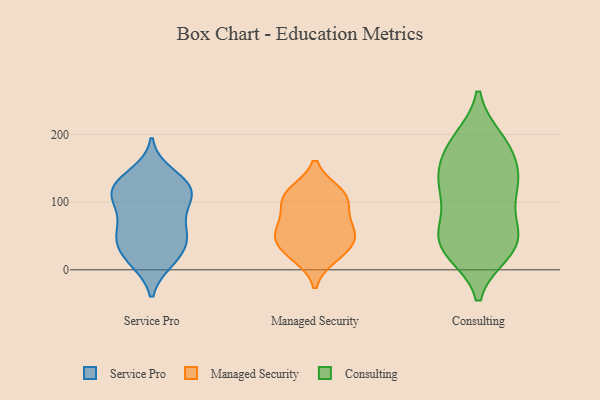
{"axis": {"x": "Latency (ms)", "y": "Value"}, "legend": ["Consulting", "Managed Security", "Service Pro"], "data": [{"x": "", "y": 54, "type": "Service Pro"}, {"x": "", "y": 38, "type": "Service Pro"}, {"x": "", "y": 90, "type": "Service Pro"}, {"x": "", "y": 18, "type": "Service Pro"}, {"x": "", "y": 16, "type": "Service Pro"}, {"x": "", "y": 142, "type": "Service Pro"}, {"x": "", "y": 118, "type": "Service Pro"}, {"x": "", "y": 51, "type": "Service Pro"}, {"x": "", "y": 113, "type": "Service Pro"}, {"x": "", "y": 13, "type": "Service Pro"}, {"x": "", "y": 49, "type": "Service Pro"}, {"x": "", "y": 127, "type": "Service Pro"}, {"x": "", "y": 121, "type": "Service Pro"}, {"x": "", "y": 125, "type": "Service Pro"}, {"x": "", "y": 59, "type": "Service Pro"}, {"x": "", "y": 107, "type": "Service Pro"}, {"x": "", "y": 90, "type": "Service Pro"}, {"x": "", "y": 27, "type": "Managed Security"}, {"x": "", "y": 20, "type": "Managed Security"}, {"x": "", "y": 57, "type": "Managed Security"}, {"x": "", "y": 50, "type": "Managed Security"}, {"x": "", "y": 109, "type": "Managed Security"}, {"x": "", "y": 114, "type": "Managed Security"}, {"x": "", "y": 65, "type": "Managed Security"}, {"x": "", "y": 90, "type": "Managed Security"}, {"x": "", "y": 43, "type": "Managed Security"}, {"x": "", "y": 109, "type": "Managed Security"}, {"x": "", "y": 49, "type": "Consulting"}, {"x": "", "y": 29, "type": "Consulting"}, {"x": "", "y": 126, "type": "Consulting"}, {"x": "", "y": 31, "type": "Consulting"}, {"x": "", "y": 26, "type": "Consulting"}, {"x": "", "y": 40, "type": "Consulting"}, {"x": "", "y": 115, "type": "Consulting"}, {"x": "", "y": 149, "type": "Consulting"}, {"x": "", "y": 44, "type": "Consulting"}, {"x": "", "y": 192, "type": "Consulting"}, {"x": "", "y": 118, "type": "Consulting"}, {"x": "", "y": 136, "type": "Consulting"}, {"x": "", "y": 132, "type": "Consulting"}, {"x": "", "y": 76, "type": "Consulting"}, {"x": "", "y": 181, "type": "Consulting"}, {"x": "", "y": 190, "type": "Consulting"}, {"x": "", "y": 66, "type": "Consulting"}, {"x": "", "y": 177, "type": "Consulting"}]}